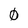
Character: 0